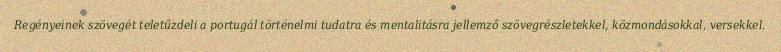
Regényeinek szövegét teletűzdeli a portugál történelmi tudatra és mentalitásra jellemző szövegrészletekkel, közmondásokkal, versekkel.